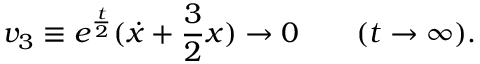
v _ { 3 } \equiv e ^ { \frac { t } { 2 } } ( { \dot { x } } + { \frac { 3 } { 2 } } x ) \rightarrow 0 \qquad ( t \rightarrow \infty ) .